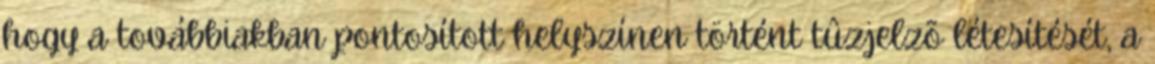
hogy a továbbiakban pontosított helyszínen történt tûzjelzõ létesítését, a